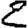
Digit: 2